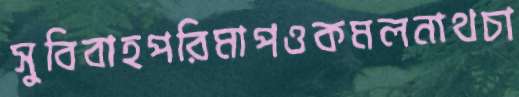
সুবিবাহপরিমাপওকমলনাথচা